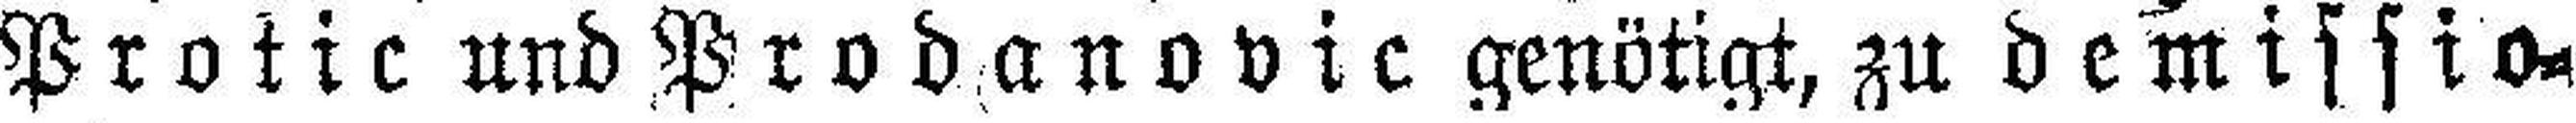
Protic und Prodanovic genötigt, zu demissio¬